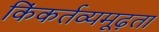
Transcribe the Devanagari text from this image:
किंकर्तव्यमूढ़ता